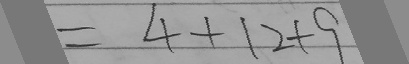
= 4 + 1 2 + 9